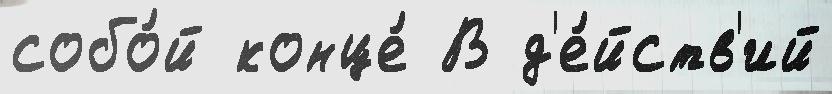
собо́й конце́ В д'е́йств'ий